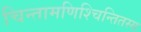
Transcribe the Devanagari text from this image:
चिन्तामणिश्चिन्तितस्य